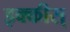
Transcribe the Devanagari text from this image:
इक्कीस्